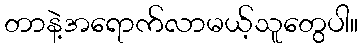
တာနဲ့အရောက်လာမယ့်သူတွေပါ။